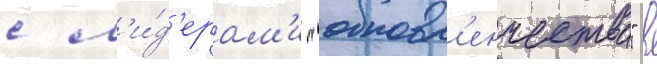
с л'и́д'ерам'и "обновл'енчества" в